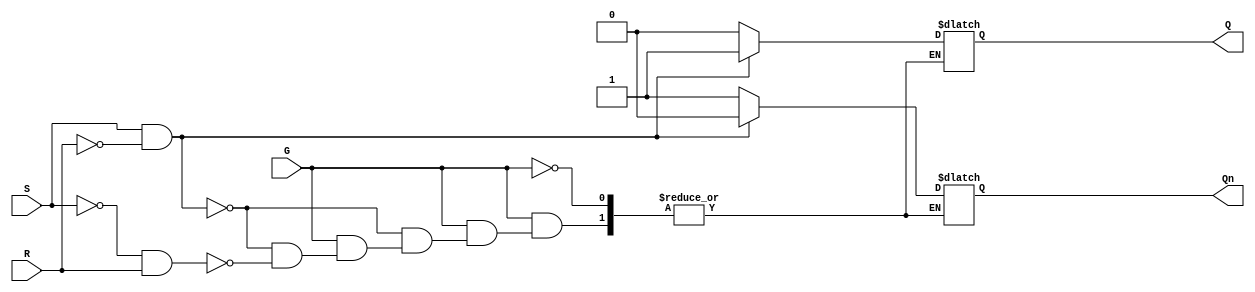
module gated_sr_latch (
    input wire S,      // Set input
    input wire R,      // Reset input
    input wire G,      // Enable input
    output reg Q,      // Output Q
    output reg Qn      // Complementary output Q
);

always @(*) begin
    if (G) begin
        if (S && ~R) begin
            Q = 1;    // Set Q to 1
            Qn = 0;   // Set Q to 0
        end else if (~S && R) begin
            Q = 0;    // Reset Q to 0
            Qn = 1;   // Set Q to 1
        end else if (S && R) begin
            // Invalid state, can remain at previous values
            // or handle it as per your design requirements
            // For now, we will keep it as it is (undefined behavior)
        end else begin
            // Maintain current state
            // No changes to Q and Qn
        end
    end
    // If G is low, retain previous state (handled by output reg behavior)
end

endmodule